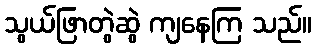
သွယ်ဖြာတွဲဆွဲ ကျနေကြ သည်။